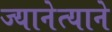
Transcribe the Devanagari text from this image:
ज्यानेत्याने